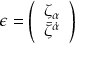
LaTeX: \epsilon = \left( \begin{array} { c } { { { \zeta } _ { \alpha } } } \\ { { { \bar { \zeta } } ^ { \dot { \alpha } } } } \end{array} \right)